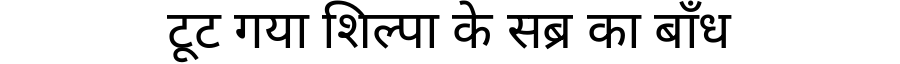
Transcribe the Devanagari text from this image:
टूट गया शिल्पा के सब्र का बाँध